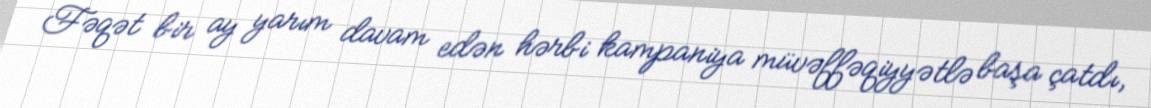
Fəqət bir ay yarım davam edən hərbi kampaniya müvəffəqiyyətlə başa çatdı,